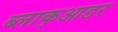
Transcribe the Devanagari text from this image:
ब्लाक्आडर